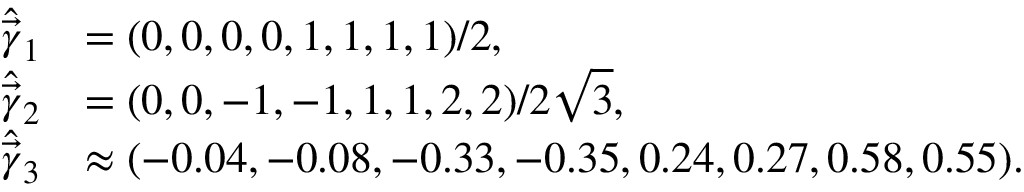
\begin{array} { r l } { \widehat { \vec { \gamma } } _ { 1 } } & { = ( 0 , 0 , 0 , 0 , 1 , 1 , 1 , 1 ) / 2 , } \\ { \widehat { \vec { \gamma } } _ { 2 } } & { = ( 0 , 0 , - 1 , - 1 , 1 , 1 , 2 , 2 ) / 2 \sqrt { 3 } , } \\ { \widehat { \vec { \gamma } } _ { 3 } } & { \approx ( - 0 . 0 4 , - 0 . 0 8 , - 0 . 3 3 , - 0 . 3 5 , 0 . 2 4 , 0 . 2 7 , 0 . 5 8 , 0 . 5 5 ) . } \end{array}